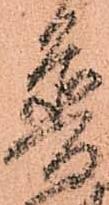
普